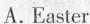
A.Easter